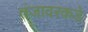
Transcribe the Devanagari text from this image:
तंजावरकडे